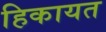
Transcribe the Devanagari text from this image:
हिकायत